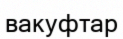
вакуфтар